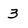
Character: 3